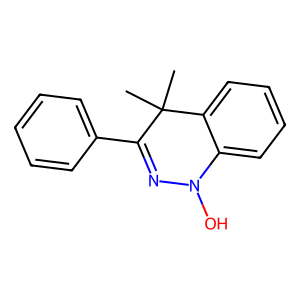
SMILES: CC1(C)C(c2ccccc2)=NN(O)c2ccccc21
Inhibits HIV replication: No